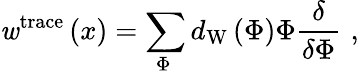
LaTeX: \mathit{w}^{\mathrm{{trace}}}\left(x\right)=\sum_{\Phi\, }d_{\mathrm{{W}}}\left(\Phi\right)\Phi\frac{\delta}{{\delta\Phi}}\, \, ,